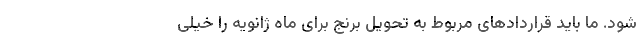
شود. ما باید قراردادهای مربوط به تحویل برنج برای ماه ژانویه را خیلی